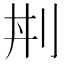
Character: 𠛜